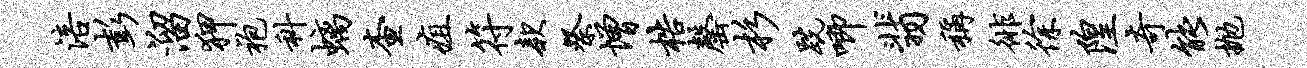
涪彭溜狎袍科螭查疽符款祭增梏罄杉跣唧翡称徘徐隍奇能抛